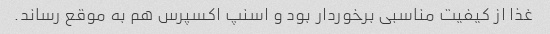
غذا از کیفیت مناسبی برخوردار بود و اسنپ اکسپرس هم به موقع رساند.